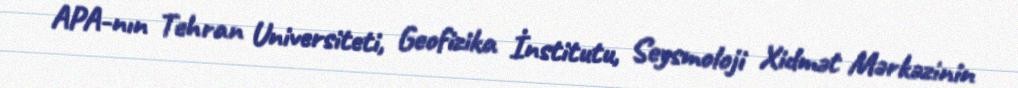
APA-nın Tehran Universiteti, Geofizika İnstitutu, Seysmoloji Xidmət Mərkəzinin